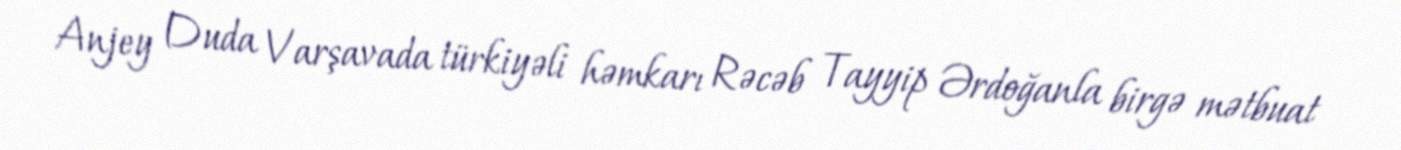
Anjey Duda Varşavada türkiyəli həmkarı Rəcəb Tayyip Ərdoğanla birgə mətbuat